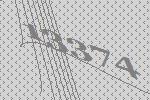
13374